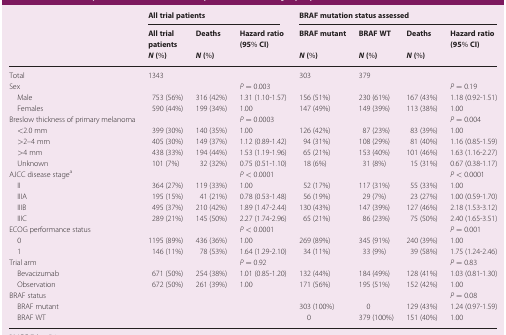
<table><thead><tr><td></td><td colspan="3"><b>All trial patients</b></td><td colspan="4"><b>BRAF mutation status assessed</b></td></tr><tr><td></td><td><b>All trial patients</b></td><td><b>Deaths</b></td><td><b>Hazard ratio (95% CI)</b></td><td><b>BRAF mutant</b></td><td><b>BRAF WT</b></td><td><b>Deaths</b></td><td><b>Hazard ratio (95% CI)</b></td></tr><tr><td></td><td><b><i>N</i> (%)</b></td><td><b><i>N</i> (%)</b></td><td></td><td><b><i>N</i> (%)</b></td><td><b><i>N</i> (%)</b></td><td><b><i>N</i> (%)</b></td><td></td></tr></thead><tbody><tr><td>Total</td><td>1343</td><td></td><td></td><td>303</td><td>379</td><td></td><td></td></tr><tr><td>Sex</td><td></td><td></td><td><i>P</i> = 0.003</td><td></td><td></td><td></td><td><i>P</i> = 0.19</td></tr><tr><td> Male</td><td>753 (56%)</td><td>316 (42%)</td><td>1.31 (1.10-1.57)</td><td>156 (51%)</td><td>230 (61%)</td><td>167 (43%)</td><td>1.18 (0.92-1.51)</td></tr><tr><td> Females</td><td>590 (44%)</td><td>199 (34%)</td><td>1.00</td><td>147 (49%)</td><td>149 (39%)</td><td>113 (38%)</td><td>1.00</td></tr><tr><td>Breslow thickness of primary melanoma</td><td></td><td></td><td><i>P</i> = 0.0003</td><td></td><td></td><td></td><td><i>P</i> = 0.004</td></tr><tr><td> <underline>&lt;</underline>2.0 mm</td><td>399 (30%)</td><td>140 (35%)</td><td>1.00</td><td>126 (42%)</td><td>87 (23%)</td><td>83 (39%)</td><td>1.00</td></tr><tr><td> &gt;2–4 mm</td><td>405 (30%)</td><td>149 (37%)</td><td>1.12 (0.89-1.42)</td><td>94 (31%)</td><td>108 (29%)</td><td>81 (40%)</td><td>1.16 (0.85-1.59)</td></tr><tr><td> &gt;4 mm</td><td>438 (33%)</td><td>194 (44%)</td><td>1.53 (1.19-1.96)</td><td>65 (21%)</td><td>153 (40%)</td><td>101 (46%)</td><td>1.63 (1.16-2.27)</td></tr><tr><td> Unknown</td><td>101 (7%)</td><td>32 (32%)</td><td>0.75 (0.51-1.10)</td><td>18 (6%)</td><td>31 (8%)</td><td>15 (31%)</td><td>0.67 (0.38-1.17)</td></tr><tr><td>AJCC disease stage<sup>a</sup></td><td></td><td></td><td><i>P</i> &lt; 0.0001</td><td></td><td></td><td></td><td><i>P</i> &lt; 0.0001</td></tr><tr><td> II</td><td>364 (27%)</td><td>119 (33%)</td><td>1.00</td><td>52 (17%)</td><td>117 (31%)</td><td>55 (33%)</td><td>1.00</td></tr><tr><td> IIIA</td><td>195 (15%)</td><td>41 (21%)</td><td>0.78 (0.53-1.48)</td><td>56 (19%)</td><td>29 (7%)</td><td>23 (27%)</td><td>1.00 (0.59-1.70)</td></tr><tr><td> IIIB</td><td>495 (37%)</td><td>210 (42%)</td><td>1.89 (1.47-2.44)</td><td>130 (43%)</td><td>147 (39%)</td><td>127 (46%)</td><td>2.18 (1.53-3.12)</td></tr><tr><td> IIIC</td><td>289 (21%)</td><td>145 (50%)</td><td>2.27 (1.74-2.96)</td><td>65 (21%)</td><td>86 (23%)</td><td>75 (50%)</td><td>2.40 (1.65-3.51)</td></tr><tr><td>ECOG performance status</td><td></td><td></td><td><i>P</i> &lt; 0.0001</td><td></td><td></td><td></td><td><i>P</i> = 0.001</td></tr><tr><td> 0</td><td>1195 (89%)</td><td>436 (36%)</td><td>1.00</td><td>269 (89%)</td><td>345 (91%)</td><td>240 (39%)</td><td>1.00</td></tr><tr><td> 1</td><td>146 (11%)</td><td>78 (53%)</td><td>1.64 (1.29-2.10)</td><td>34 (11%)</td><td>33 (9%)</td><td>39 (58%)</td><td>1.75 (1.24-2.46)</td></tr><tr><td>Trial arm</td><td></td><td></td><td><i>P</i> = 0.92</td><td></td><td></td><td></td><td><i>P</i> = 0.83</td></tr><tr><td> Bevacizumab</td><td>671 (50%)</td><td>254 (38%)</td><td>1.01 (0.85-1.20)</td><td>132 (44%)</td><td>184 (49%)</td><td>128 (41%)</td><td>1.03 (0.81-1.30)</td></tr><tr><td> Observation</td><td>672 (50%)</td><td>261 (39%)</td><td>1.00</td><td>171 (56%)</td><td>195 (51%)</td><td>152 (42%)</td><td>1.00</td></tr><tr><td>BRAF status</td><td></td><td></td><td></td><td></td><td></td><td></td><td><i>P</i> = 0.08</td></tr><tr><td> BRAF mutant</td><td></td><td></td><td></td><td>303 (100%)</td><td>0</td><td>129 (43%)</td><td>1.24 (0.97-1.59)</td></tr><tr><td> BRAF WT</td><td></td><td></td><td></td><td>0</td><td>379 (100%)</td><td>151 (40%)</td><td>1.00</td></tr></tbody></table>